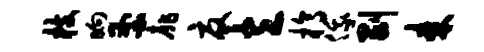
枝晌釜扉夏立槁俄剥耒